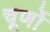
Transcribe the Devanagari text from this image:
चूर्णो